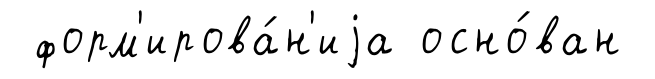
форм'ирова́н'иjа осно́ван